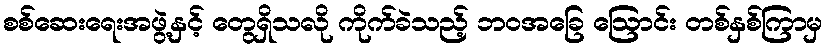
စစ်ဆေးရေးအဖွဲ့နှင့် တွေရှိသလို ကိုက်ခဲသည့် ဘဝအခြေ ဩောင်း တစ်နှစ်ကြာမှ